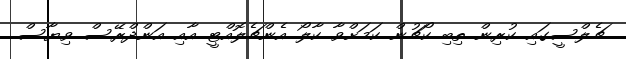
ޗެލްސީގައި ކުރިން ތިބި ކޯޗުން ކަމަށްވާ ކާލޯ އެންޗެލޮއްޓީ އާއި އަންދްރޭސް ވިޔާސް